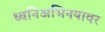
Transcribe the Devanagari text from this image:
ध्वनिअभिनयावर